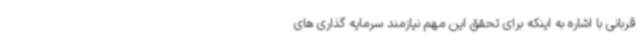
قربانی با اشاره به اینکه برای تحقق این مهم نیازمند سرمایه گذاری های